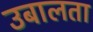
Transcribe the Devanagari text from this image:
उबालता